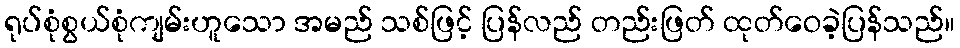
ရုပ်စုံစွယ်စုံကျမ်းဟူသော အမည် သစ်ဖြင့် ပြန်လည် တည်းဖြတ် ထုတ်ဝေခဲ့ပြန်သည်။